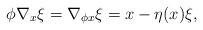
LaTeX: \begin{align*}\begin{array}{lll}\phi\nabla_x\xi=\nabla_{\phi x}\xi=x-\eta(x)\xi, \\\end{array}\end{align*}